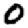
Digit: 0